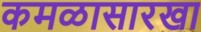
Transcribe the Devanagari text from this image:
कमळासारखा